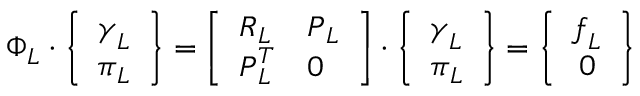
\boldsymbol { \Phi } _ { L } \cdot \left\{ \begin{array} { c } { \boldsymbol { \gamma } _ { L } } \\ { \boldsymbol { \pi } _ { L } } \end{array} \right\} = \left[ \begin{array} { l l } { \boldsymbol { R } _ { L } } & { \boldsymbol { P } _ { L } } \\ { \boldsymbol { P } _ { L } ^ { T } } & { \boldsymbol { 0 } } \end{array} \right] \cdot \left\{ \begin{array} { c } { \boldsymbol { \gamma } _ { L } } \\ { \boldsymbol { \pi } _ { L } } \end{array} \right\} = \left\{ \begin{array} { c } { \boldsymbol { f } _ { L } } \\ { \boldsymbol { 0 } } \end{array} \right\}